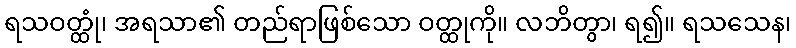
ရသဝတ္ထုံ၊ အရသာ၏ တည်ရာဖြစ်သော ဝတ္ထုကို။ လဘိတွာ၊ ရ၍။ ရသသေန၊